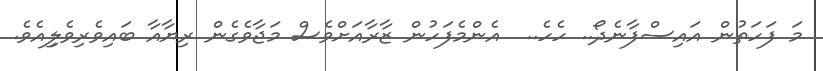
މަ ފަހަތުން އައިސްފާާނެދޯ.. ހެހެ..  އެންމެފަހުން ޒާރާއަށްވެސް މަޖާވެގެން ރިޔާއާ ބައިވެރިވެލިިއެވެ.